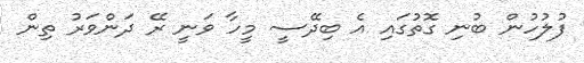
ފުލުހުން ބުނި ގޮތުގައި އެ ބިދޭސީ މީހާ ވަނީ ރޭ ދަންވަރު ތިން